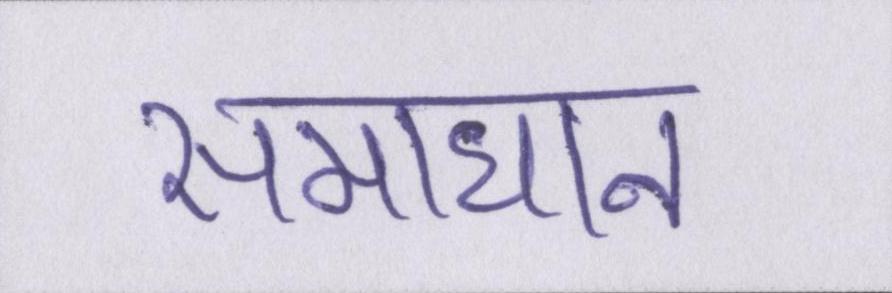
समाधान